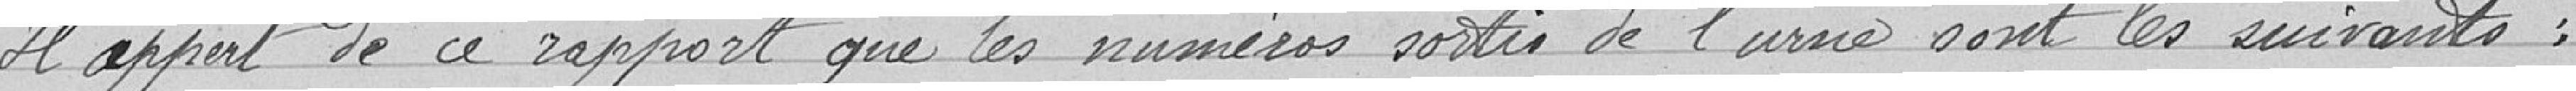
Il appert de ce rapport que les numéros sortis de l'urne sont les suivants :